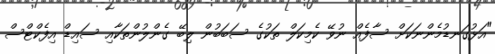
"އަޅުގަނޑުމެންނަކަށް ސާފެއް ނުވޭ ކެމިކަލް ތަކުގެ ސަބަބުން ލިބޭ ގެންލުންތަކާއި ސައިޑް އިފެކްޓްސް